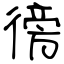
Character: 徬